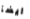
ايضآ